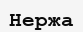
Нержа